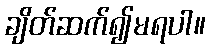
ချိတ်ဆက်၍မရပါ။